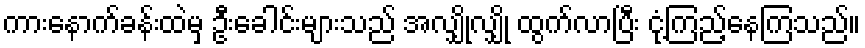
ကားနောက်ခန်းထဲမှ ဦးခေါင်းများသည် အလျှိုလျှို ထွက်လာပြီး ငုံ့ကြည့်နေကြသည်။